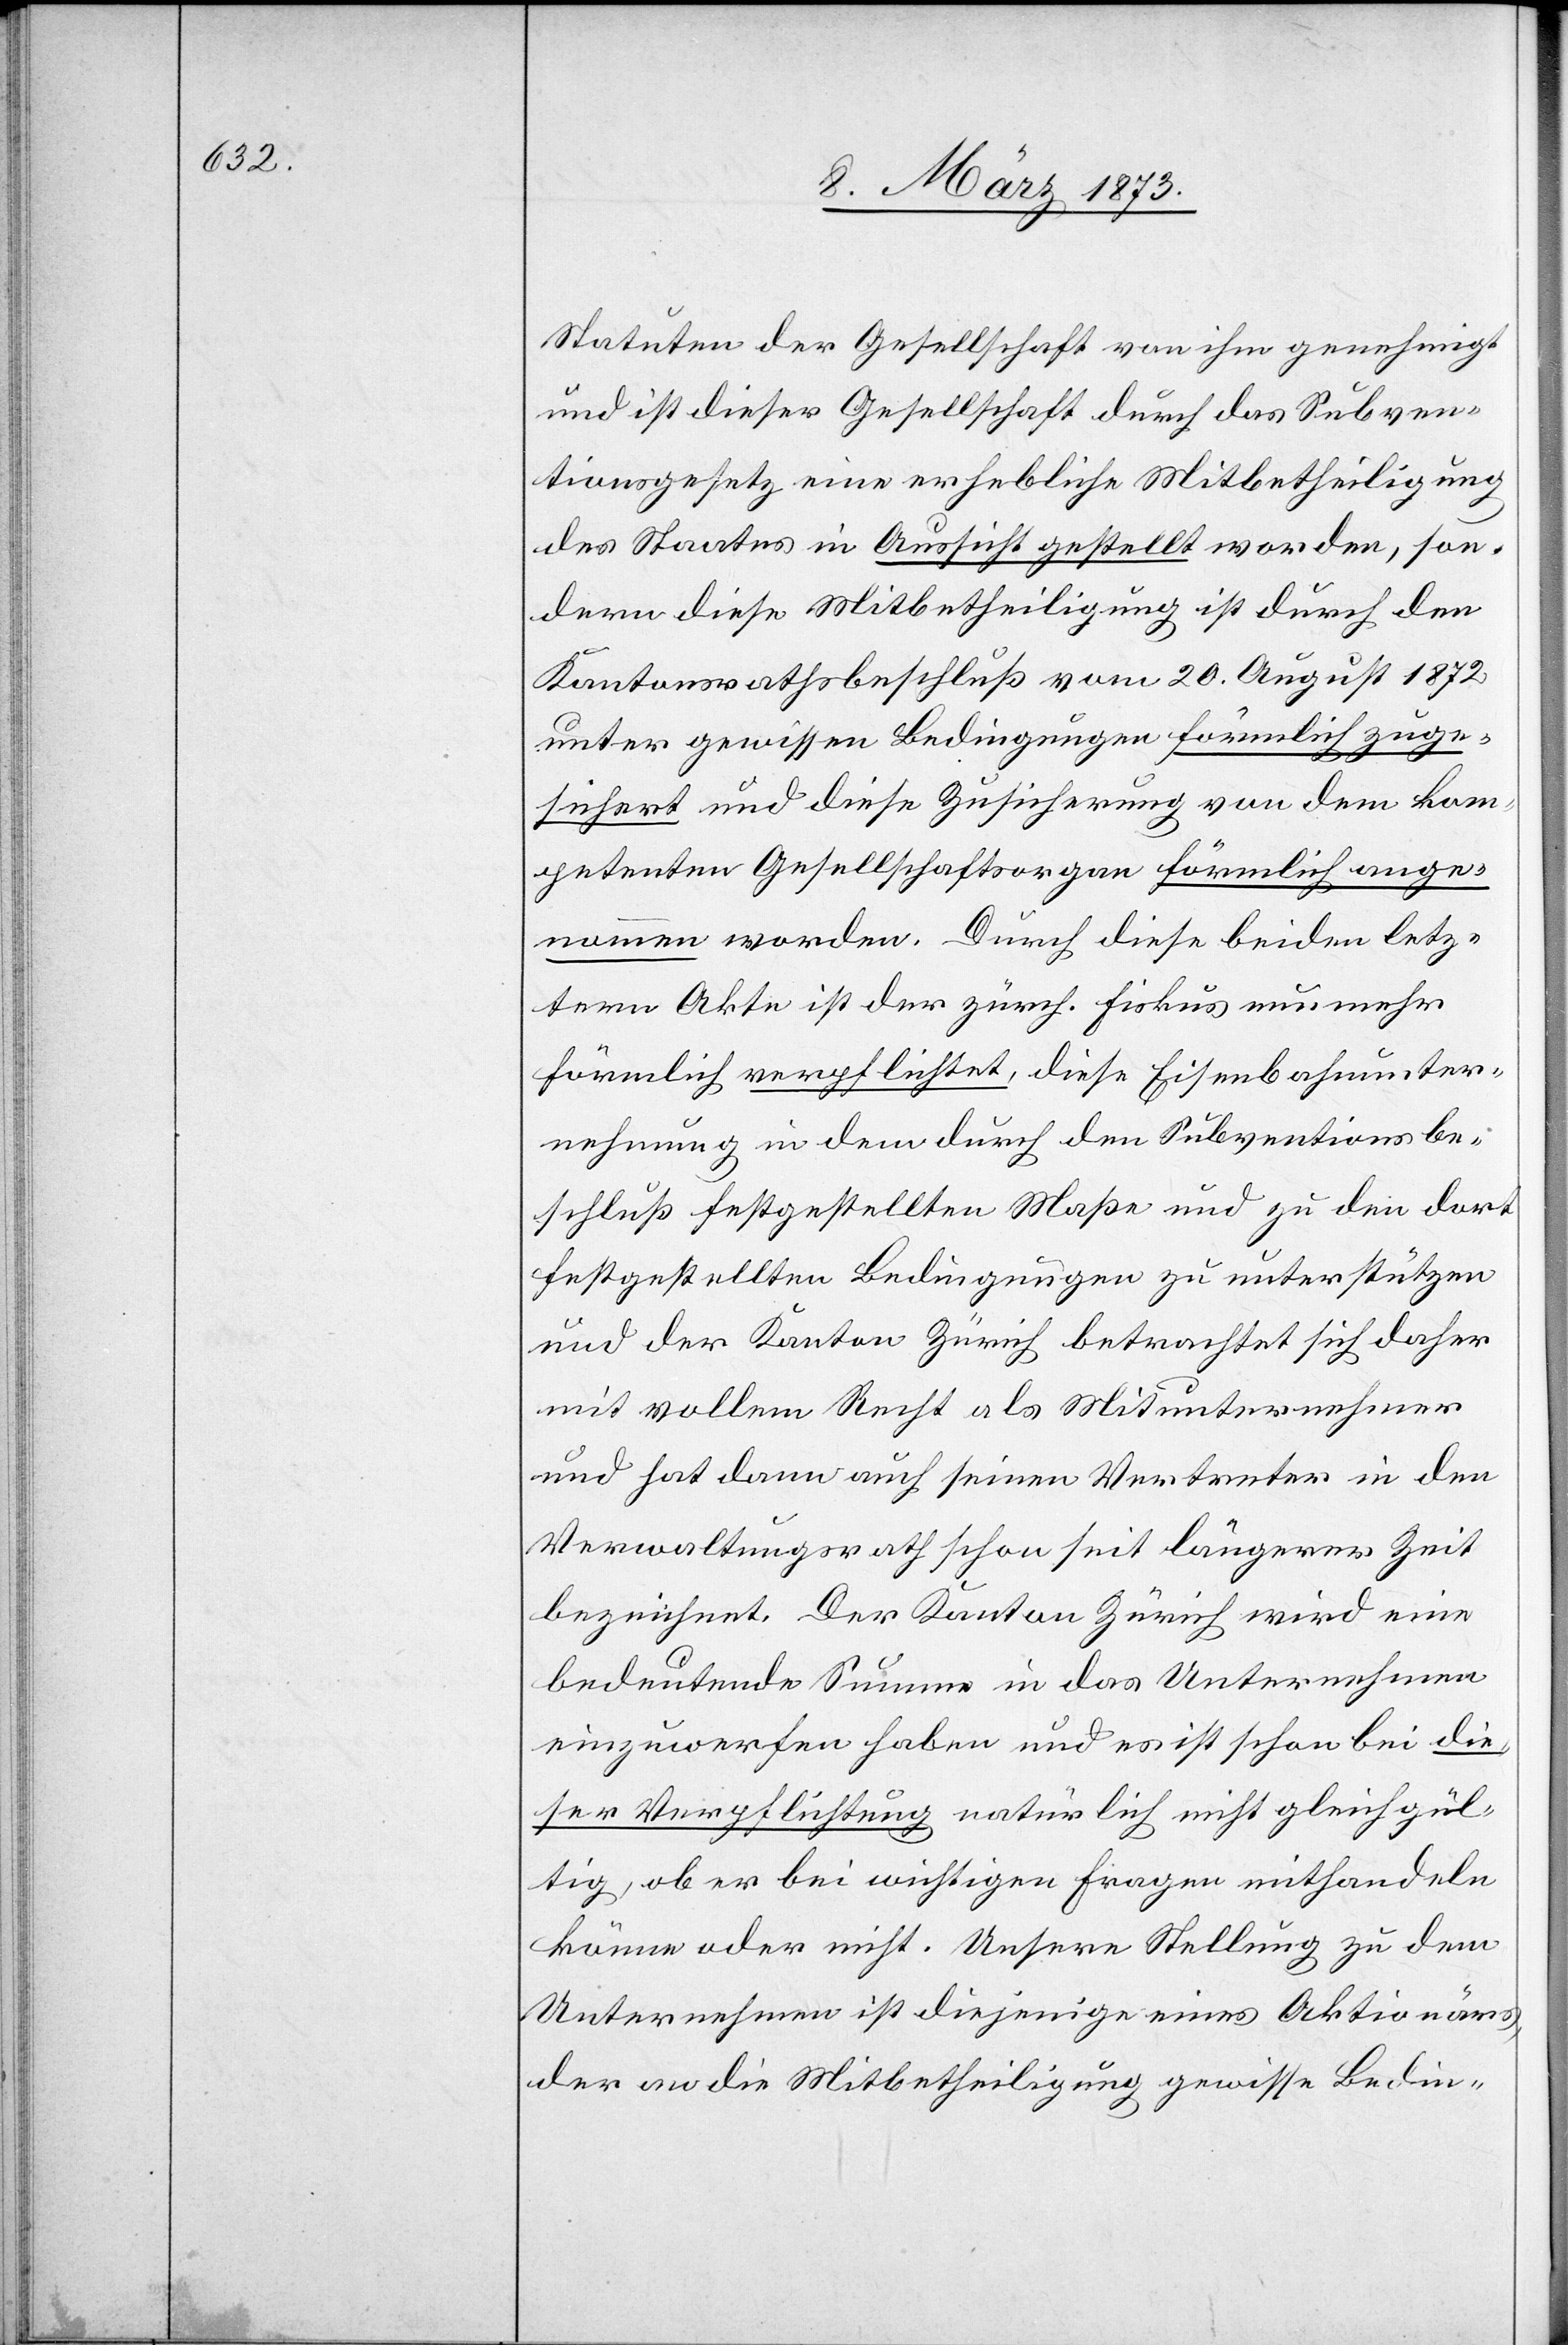
Statuten der Gesellschaft von ihm genehmigt
und ist dieser Gesellschaft durch das Subven¬
tionsgesetz eine erhebliche Mitbetheiligung
des Staates in Aussicht gestellt worden, son¬
dern diese Mitbetheiligung ist durch den
Kantonsrathsbeschluß vom 20. August 1872
unter gewissen Bedingungen förmlich ange¬
nommen worden. Durch diese beiden letz¬
tern Akte ist der zürch. Fiskus nunmehr
förmlich verpflichtet, diese Eisenbahnunter¬
nehmung in dem durch den Subventionsbe¬
schluß festgestellten Maße und zu den dort
festgestellten Bedingungen zu unterstützen
und der Kanton Zürich betrachtet sich daher
mit vollem Recht als Mitunternehmer
und hat dann auch seinen Vertreter in den
Verwaltungsrath schon seit längerer Zeit
bezeichnet. Der Kanton Zürich wird eine
bedeutende Summe in das Unternehmen
einzuwerfen haben und es ist schon bei die¬
ser Verpflichtung natürlich nicht gleichgül¬
tig, ob er bei wichtigen Fragen mithandeln
könne oder nicht. Unsere Stellung zu dem
Unternehmen ist diejenige eines Aktionärs,
der an die Mitbetheiligung gewisse Bedin-